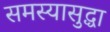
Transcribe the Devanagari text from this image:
समस्यासुद्धा